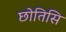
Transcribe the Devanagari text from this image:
छोतिसि